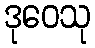
ဒုဝေသု